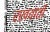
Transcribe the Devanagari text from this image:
रखवाती